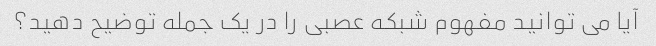
آیا می توانید مفهوم شبکه عصبی را در یک جمله توضیح دهید؟